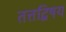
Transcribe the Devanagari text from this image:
तत्तद्विषय